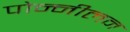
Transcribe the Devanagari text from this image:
पोन्नीलन